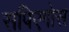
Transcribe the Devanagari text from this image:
सपिएगोस